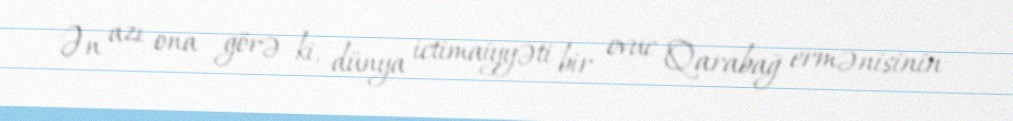
Ən azı ona görə ki, dünya ictimaiyyəti bir ovuc Qarabağ ermənisinin